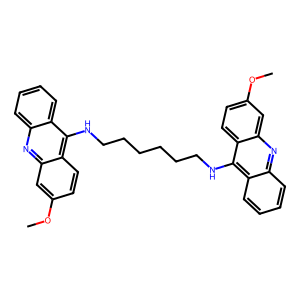
SMILES: COc1ccc2c(NCCCCCCNc3c4ccccc4nc4cc(OC)ccc34)c3ccccc3nc2c1
Inhibits HIV replication: No